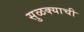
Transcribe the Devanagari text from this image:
सुळक्याची